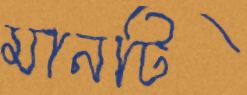
মানটি